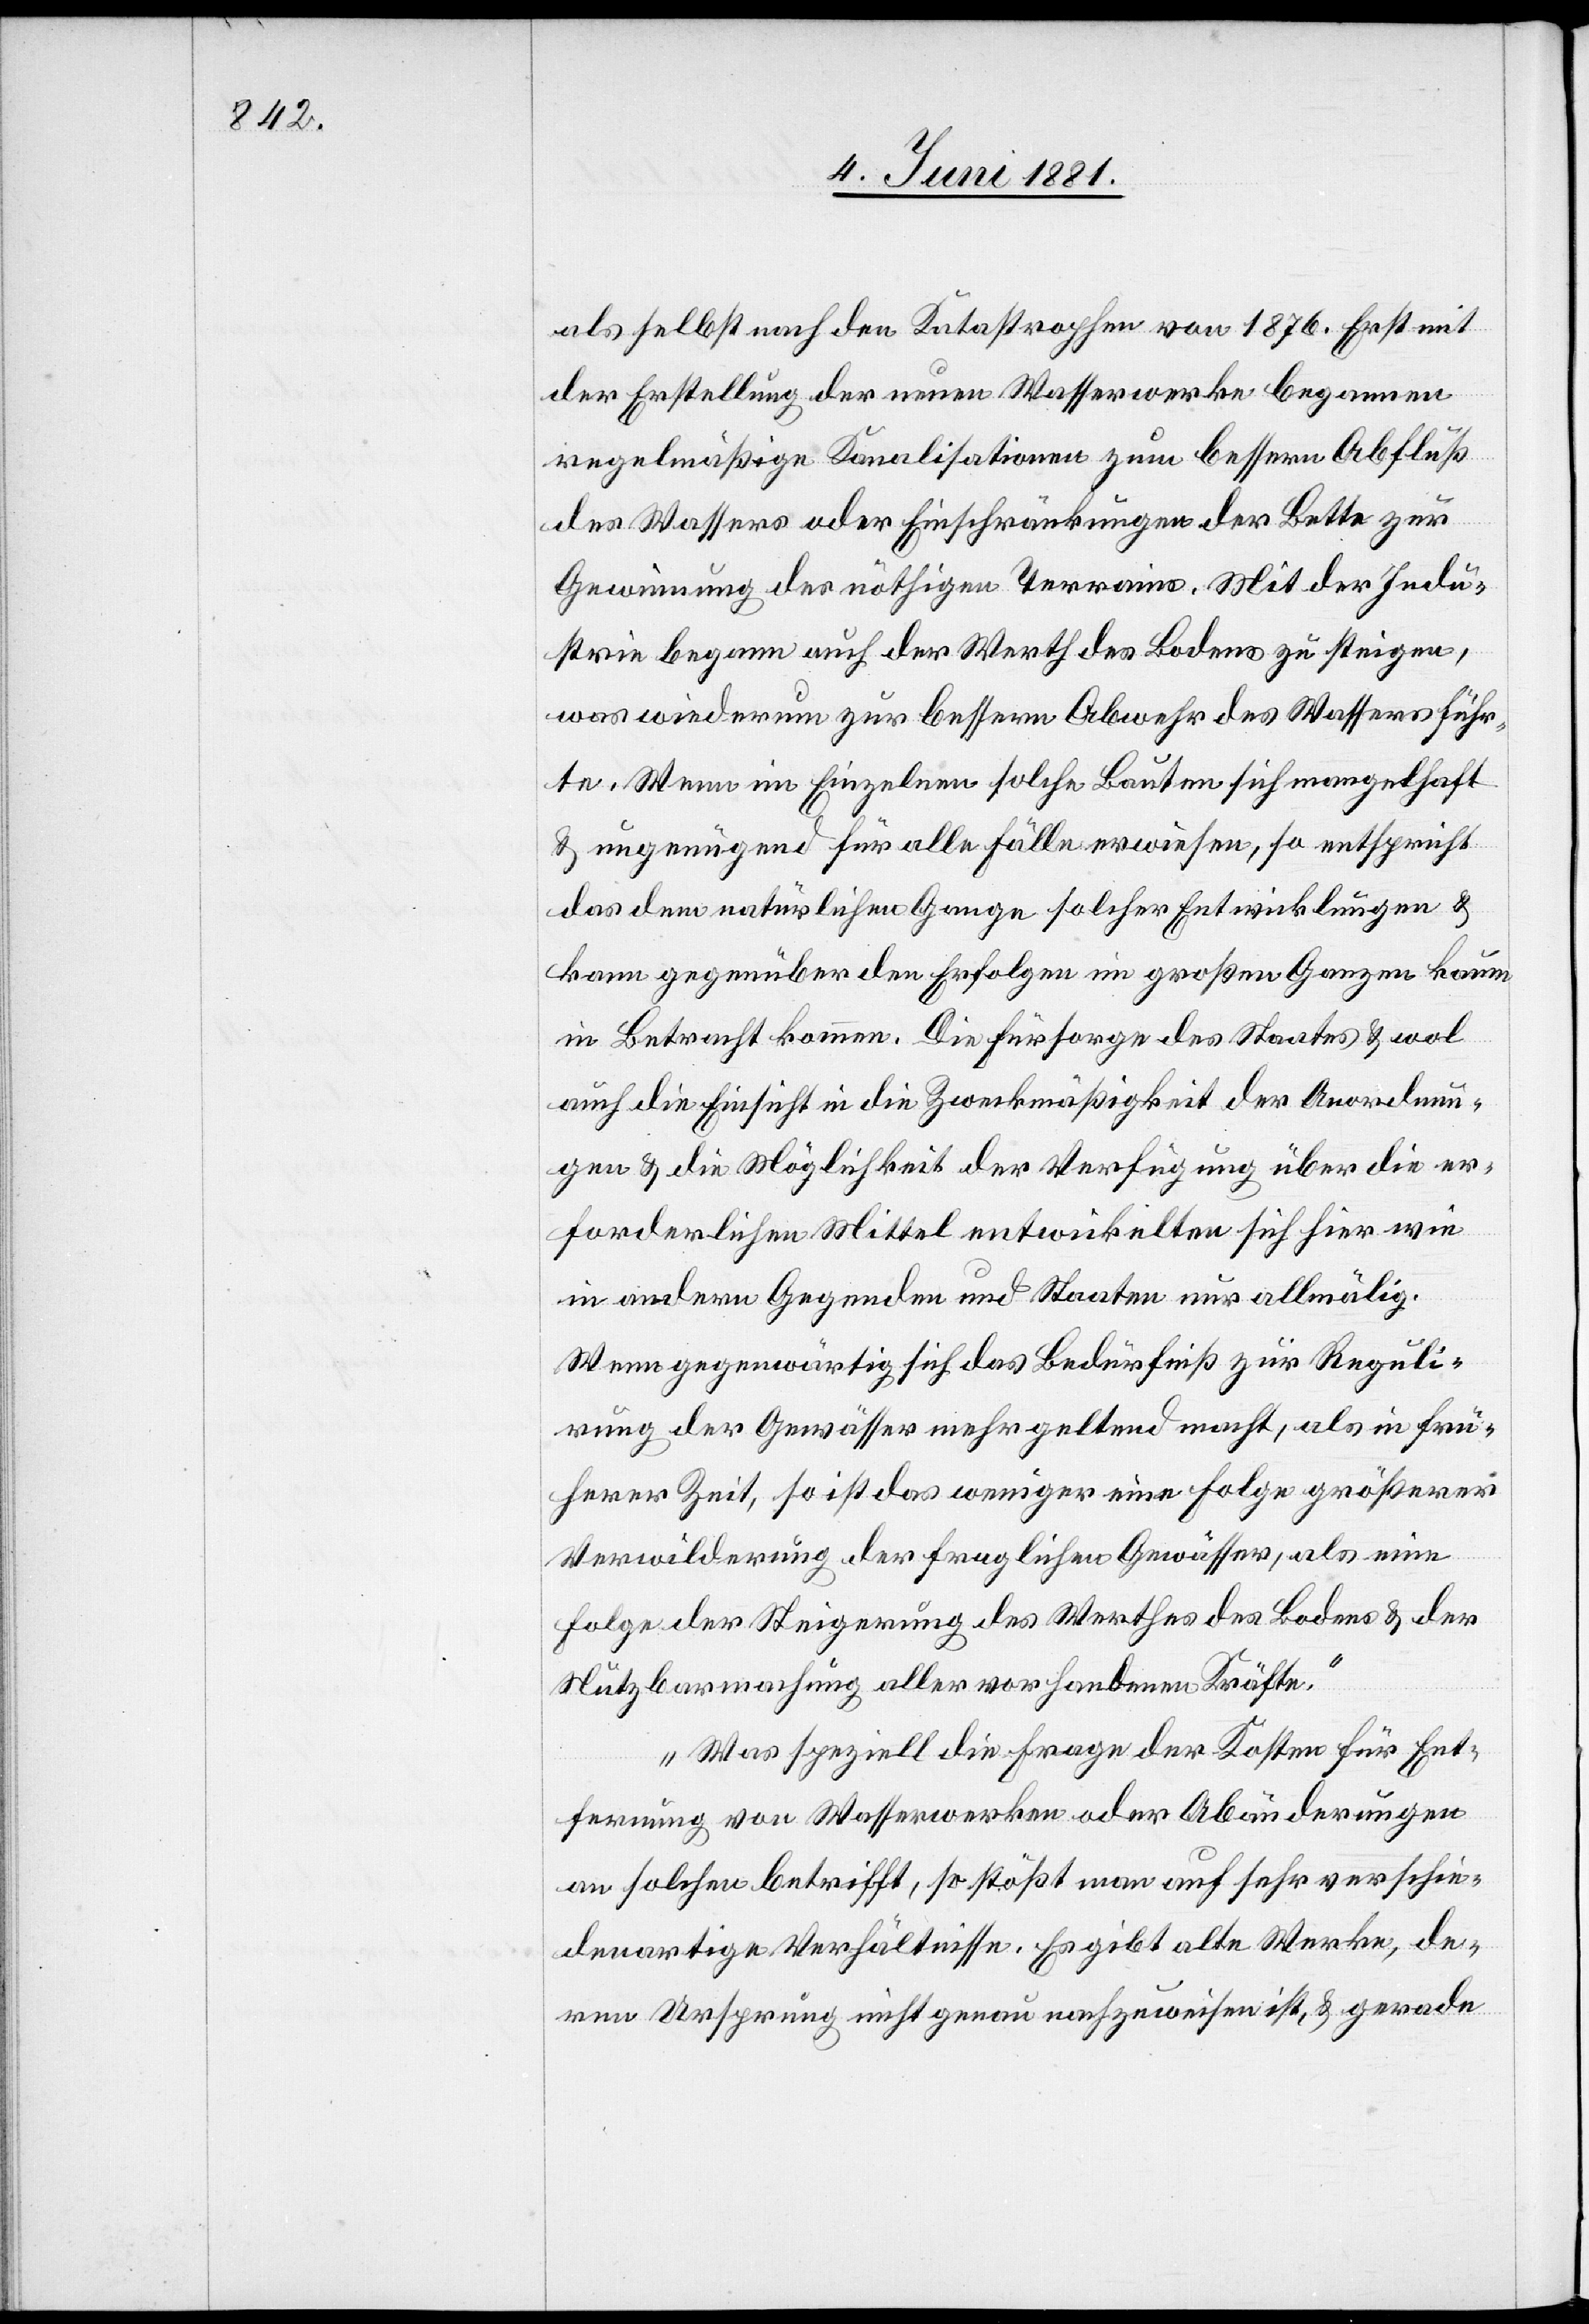
als selbst nach den Katastrophen von 1876. Erst mit
der Erstellung der neuen Wasserwerke begannen
regelmäßige Kanalisationen zum bessern Abfluß
des Wassers oder Einschränkungen der Bette zur
Gewinnung des nöthigen Terrains. Mit der Indu¬
strie begann auch der Werth des Bodens zu steigen,
was wiederum zur bessern Abwehr des Wassers führ¬
te. Wenn im Einzelnen solche Bauten sich mangelhaft
& ungenügend für alle Fälle erweisen, so entspricht
das dem natürlichen Gange solcher Entwicklungen &
kann gegenüber den Erfolgen im großen Ganzen kaum
in Betracht kommen. Die Fürsorge des Staates & wol
auch die Einsicht in die Zweckmäßigkeit der Anordnun¬
gen & die Möglichkeit der Verfügung über die er¬
forderlichen Mittel entwickelten sich hier wie
in andern Gegenden und Staaten nur allmälig.
Wenn gegenwärtig sich das Bedürfniß zur Reguli¬
rung der Gewässer mehr geltend macht, als in frü¬
herer Zeit, so ist das weniger eine Folge größerer
Verwilderung der fraglichen Gewässer, als eine
Folge der Steigerung des Werthes des Bodens & der
Nutzbarmachung aller vorhandenen Kräfte.
Was speziell die Frage der Kosten für Ent¬
fernung von Wasserwerken oder Abänderungen
an solchen betrifft, so stößt man auf sehr verschie¬
denartige Verhältnisse. Es gibt alte Werke, de¬
ren Ursprung nicht genau nachzuweisen ist, & gerade